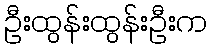
ဦးထွန်းထွန်းဦးက